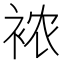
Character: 𰳺